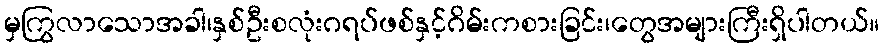
မှကြွလာသောအခါ၊နှစ်ဦးစလုံးဂရပ်ဖစ်နှင့်ဂိမ်းကစားခြင်း၊တွေအများကြီးရှိပါတယ်။